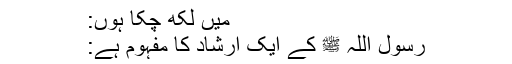
میں لکھ چکا ہوں:
رسول اللہ ﷺ کے ایک ارشاد کا مفہوم ہے: